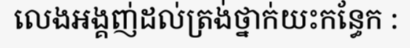
លេងអង្គញ់ដល់ត្រង់ថ្នាក់យះកន្ធែក :